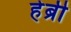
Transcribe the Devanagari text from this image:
हेब्री